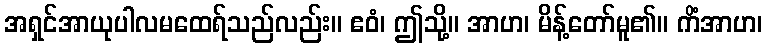
အရှင်အာယုပါလမထေရ်သည်လည်း။ ဧဝံ၊ ဤသို့။ အာဟ၊ မိန့်တော်မူ၏။ ကိံအာဟ၊